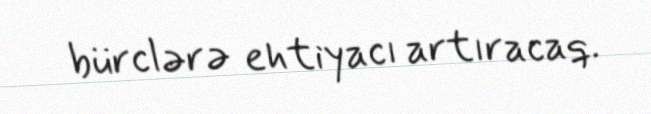
bürclərə ehtiyacı artıracaq.